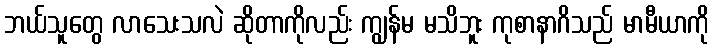
ဘယ်သူတွေ လာသေးသလဲ ဆိုတာကိုလည်း ကျွန်မ မသိဘူး ကုစာနာဂိသည် မာမီယာကို